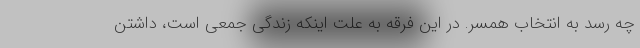
چه رسد به انتخاب همسر. در این فرقه به علت اینکه زندگی جمعی است، داشتن